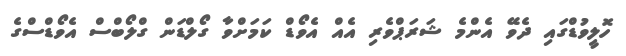
ހޮލީވުޑްގައި ދެވޭ އެންމެ ޝަރަޕްވެރި އެއް އެވޯޑް ކަމަށްވާ ގޯލްޑަން ގްލޯބްސް އެވޯޑްސްގެ